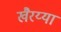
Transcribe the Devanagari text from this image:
खैरय्या